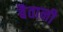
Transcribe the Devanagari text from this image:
बैतानी